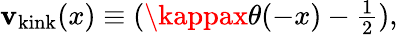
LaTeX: \mathbf{v}_{\mathrm{{kink}}}(x)\equiv(\kappax\theta(-x)-{\textstyle{\frac{{1}}{{2}}}}),